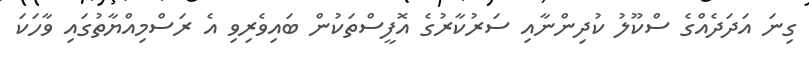
ގިނަ އަދަދެއްގެ ސްކޫލު ކުދިންނާއި ސަރުކާރުގެ އޮފީސްތަކުން ބައިވެރިވި އެ ރަސްމިއްޔާތުގައި ވާހަކަ